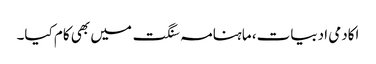
اکادمی ادبیات، ماہنامہ سنگت میں بھی کام کیا۔